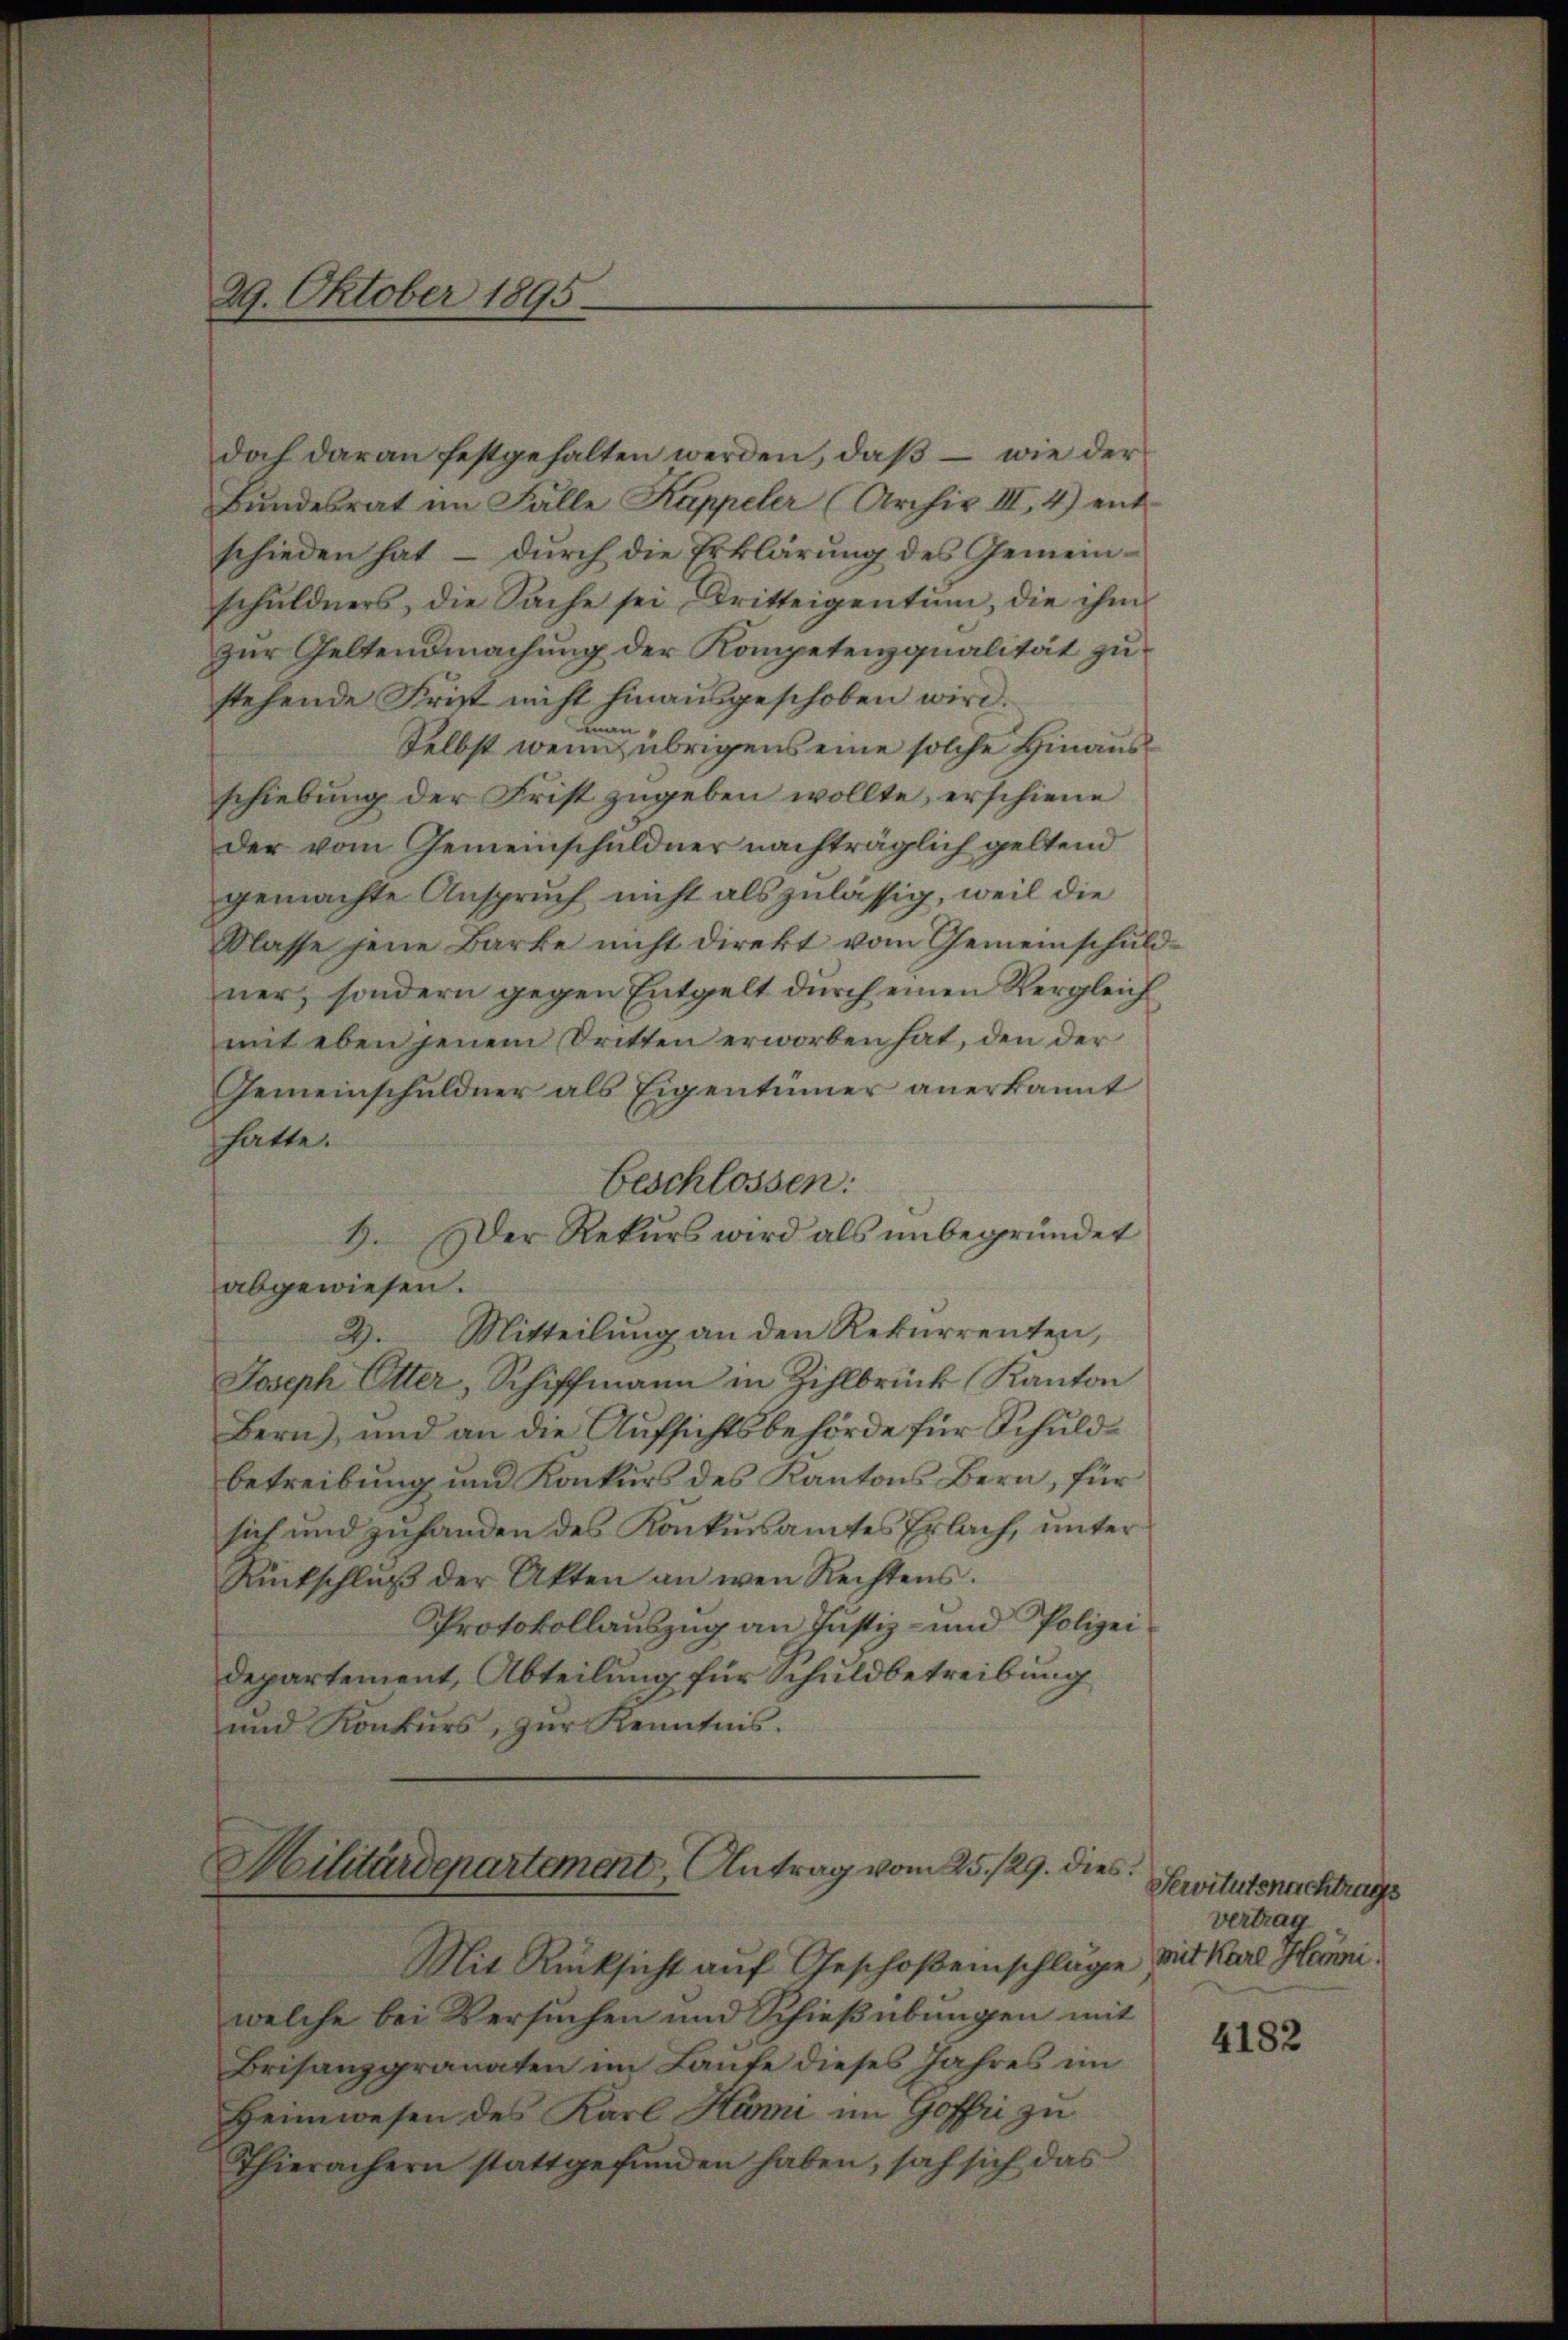
29. Oktober 1895.

doch daran festgehalten werden, daß – wie der
Bŭndesrat im Falle Kappeler (Archiv III 4) ent-
schieden hat, – durch die Erklärung des Gemeinschuldners, die Sache sei Dritteigentum, die ihm
Zur Geltendmachung der Kompetenzqualität zustehende Frist nicht hinausgeschoben wird.
.
n
Selbst wenn übrigens eine solche Hinausschiebung der Frist zugeben wollte, erschiene
der vom Gemeinschuldner nachträglich geltend
gemachte Anspruch nicht als zulässig, weil die
Klasse jene Barke nicht direkt vom Gemeinschuld
ner, sondern gegen Entgelt dŭrch einen Vergleich
mit eben jenem Dritten erworben hat, den der
Gemeinschuldner als Eigentümer anerkannt
hatte.
Beschlossen:
9. Der Rekŭrs wird als ŭnbegründet
abgewiesen.
Mitteilung an den Rekurrenten,
2.
Joseph Etter, Schiffmann in Zihlbrück, Kanton
Bern), und an die Aufsichtsbehörde für Schuldbetreibung und Konkurs des Kantons Bern, für
sich und zuhanden des Konkursamtes Erlach, unter
Rückschlŭβ der Akten an wen Rechtens.
Protokollauszug an Justiz- und Polizei
Departement, Abteilung für Schuldbetreibung
und Konkurs, zur Kenntnis.
Kilitärdepartement, Antrag vom 25./29. dies

Mit Rücksicht auf Geschoßenschläge mit Karl Hermiwelche bei Versuchen und Schießübungen mit
Brifanzgranaten im Laufe dieses Jahres im
Heimwesen des Karl Honi im Goffri zu
Thierachern stattgefunden haben, sah sich das

Servitutsnachtrags
Vertrag

4182